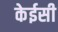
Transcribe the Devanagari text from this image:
केईसी